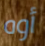
أوه